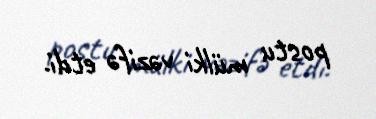
postu mülki vəzifə etdi.